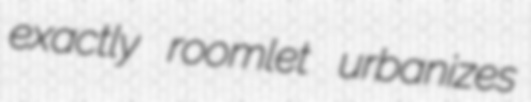
exactly roomlet urbanizes